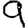
Digit: 9